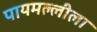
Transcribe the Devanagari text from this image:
पायमल्लीला